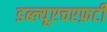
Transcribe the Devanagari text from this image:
डब्ल्यूएचएफ़टी